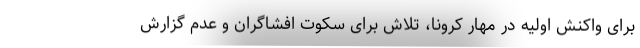
برای واکنش اولیه در مهار کرونا، تلاش برای سکوت افشاگران و عدم گزارش